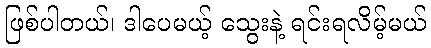
ဖြစ်ပါတယ်၊ ဒါပေမယ့် သွေးနဲ့ ရင်းရလိမ့်မယ်